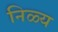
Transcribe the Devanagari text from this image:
निळ्य